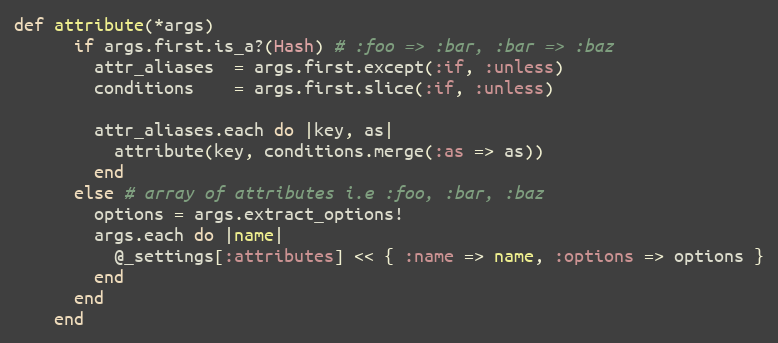
Language: Ruby
def attribute(*args)
      if args.first.is_a?(Hash) # :foo => :bar, :bar => :baz
        attr_aliases  = args.first.except(:if, :unless)
        conditions    = args.first.slice(:if, :unless)

        attr_aliases.each do |key, as|
          attribute(key, conditions.merge(:as => as))
        end
      else # array of attributes i.e :foo, :bar, :baz
        options = args.extract_options!
        args.each do |name|
          @_settings[:attributes] << { :name => name, :options => options }
        end
      end
    end